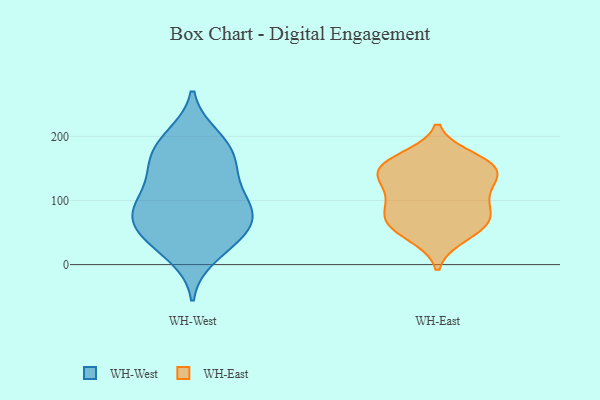
{"axis": {"x": "Operating Costs (USD K)", "y": "Value"}, "legend": ["WH-East", "WH-West"], "data": [{"x": "", "y": 48, "type": "WH-West"}, {"x": "", "y": 80, "type": "WH-West"}, {"x": "", "y": 191, "type": "WH-West"}, {"x": "", "y": 66, "type": "WH-West"}, {"x": "", "y": 91, "type": "WH-West"}, {"x": "", "y": 88, "type": "WH-West"}, {"x": "", "y": 126, "type": "WH-West"}, {"x": "", "y": 183, "type": "WH-West"}, {"x": "", "y": 14, "type": "WH-West"}, {"x": "", "y": 163, "type": "WH-West"}, {"x": "", "y": 142, "type": "WH-West"}, {"x": "", "y": 95, "type": "WH-West"}, {"x": "", "y": 36, "type": "WH-West"}, {"x": "", "y": 200, "type": "WH-West"}, {"x": "", "y": 41, "type": "WH-West"}, {"x": "", "y": 152, "type": "WH-West"}, {"x": "", "y": 73, "type": "WH-West"}, {"x": "", "y": 151, "type": "WH-East"}, {"x": "", "y": 45, "type": "WH-East"}, {"x": "", "y": 117, "type": "WH-East"}, {"x": "", "y": 165, "type": "WH-East"}, {"x": "", "y": 95, "type": "WH-East"}, {"x": "", "y": 149, "type": "WH-East"}, {"x": "", "y": 123, "type": "WH-East"}, {"x": "", "y": 62, "type": "WH-East"}, {"x": "", "y": 72, "type": "WH-East"}, {"x": "", "y": 149, "type": "WH-East"}, {"x": "", "y": 61, "type": "WH-East"}, {"x": "", "y": 84, "type": "WH-East"}, {"x": "", "y": 151, "type": "WH-East"}]}